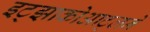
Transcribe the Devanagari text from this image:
इट्झाकोआट्लने